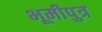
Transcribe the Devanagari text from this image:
भूमीपुत्र